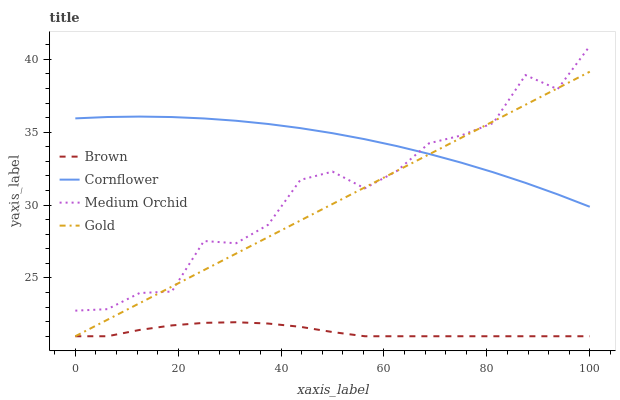
| xaxis_label | Brown | Cornflower | Medium Orchid | Gold |
 | --- | --- | --- | --- | --- |
 | 0 | 21 | 35.9 | 22.8 | 21 |
 | 6.25 | 21 | 36 | 22.9 | 22.1 |
 | 12.5 | 21.4 | 36.1 | 24 | 23.3 |
 | 18.8 | 21.7 | 36 | 24.1 | 24.4 |
 | 25 | 21.9 | 35.9 | 27.5 | 25.5 |
 | 31.2 | 22 | 35.8 | 27.4 | 26.7 |
 | 37.5 | 21.9 | 35.6 | 28.7 | 27.8 |
 | 43.8 | 21.6 | 35.3 | 31.7 | 28.9 |
 | 50 | 21.3 | 34.9 | 32.3 | 30.1 |
 | 56.2 | 21 | 34.5 | 31.1 | 31.2 |
 | 62.5 | 21 | 34 | 32.3 | 32.3 |
 | 68.8 | 21 | 33.5 | 34.2 | 33.5 |
 | 75 | 21 | 32.9 | 34.8 | 34.6 |
 | 81.2 | 21 | 32.2 | 35.6 | 35.7 |
 | 87.5 | 21 | 31.5 | 38.9 | 36.9 |
 | 93.8 | 21 | 30.7 | 37.9 | 38 |
 | 100 | 21 | 29.9 | 40.9 | 39.2 |